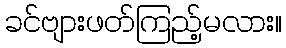
ခင်ဗျားဖတ်ကြည့်မလား။